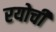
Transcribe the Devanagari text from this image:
रयोची